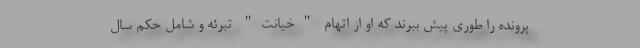
پرونده را طوری پیش ببرند که او از اتهام "خیانت" تبرئه و شامل حکم سال